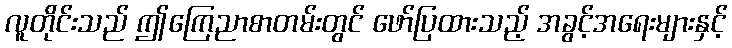
လူတိုင်းသည် ဤကြေညာစာတမ်းတွင် ဖော်ပြထားသည့် အခွင့်အရေးများနှင့်